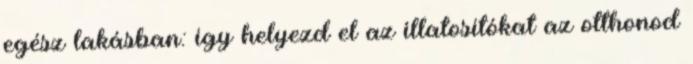
egész lakásban: így helyezd el az illatosítókat az otthonod